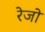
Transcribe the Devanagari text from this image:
रेजो